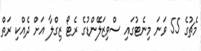
މެޗުގެ 55 ވަނަ މިނެޓުގައި ސްވިޒަލޭންޑުގެ ރެޓޯ ޒިގްލާ އަށް ދެއްކި ރަތް